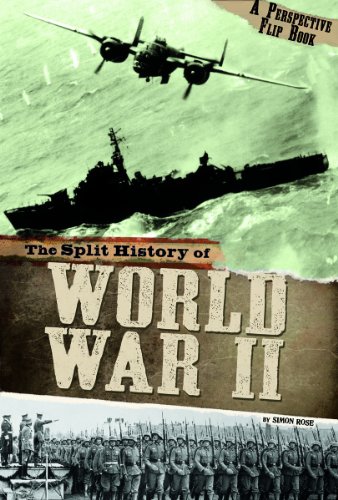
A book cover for The Split History of World War II: A Perspectives Flip Book (Perspectives Flip Books); Simon Rose; Children's Books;